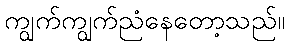
ကျွက်ကျွက်ညံနေတော့သည်။